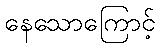
နေသောကြောင့်